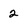
Character: 2